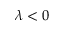
\lambda < 0